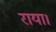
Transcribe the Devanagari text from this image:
राया।